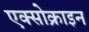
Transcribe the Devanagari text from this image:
एक्सोक्राइन